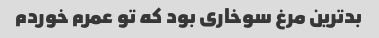
بدترین مرغ سوخاری بود که تو عمرم خوردم